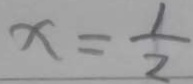
x = \frac { 1 } { 2 }